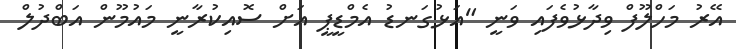
އޭރު މަހްލޫފް ވިދާޅުވެފައި ވަނީ "އަޅުގަނޑު އެމްޑީޕީ އަށް ސޮއިކުރާނީ މައުމޫން އަބްދުލް